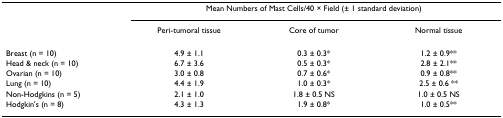
<table><thead><tr><td></td><td colspan="3"><b>Mean Numbers of Mast Cells/40 × Field (± 1 standard deviation)</b></td></tr><tr><td></td><td><b>Peri-tumoral tissue</b></td><td><b>Core of tumor</b></td><td><b>Normal tissue</b></td></tr></thead><tbody><tr><td>Breast (n = 10)</td><td>4.9 ± 1.1</td><td>0.3 ± 0.3*</td><td>1.2 ± 0.9**</td></tr><tr><td>Head &amp; neck (n = 10)</td><td>6.7 ± 3.6</td><td>0.5 ± 0.3*</td><td>2.8 ± 2.1**</td></tr><tr><td>Ovarian (n = 10)</td><td>3.0 ± 0.8</td><td>0.7 ± 0.6*</td><td>0.9 ± 0.8**</td></tr><tr><td>Lung (n = 10)</td><td>4.4 ± 1.9</td><td>1.0 ± 0.3*</td><td>2.5 ± 0.6 **</td></tr><tr><td>Non-Hodgkins (n = 5)</td><td>2.1 ± 1.0</td><td>1.8 ± 0.5 NS</td><td>1.0 ± 0.5 NS</td></tr><tr><td>Hodgkin&#x27;s (n = 8)</td><td>4.3 ± 1.3</td><td>1.9 ± 0.8*</td><td>1.0 ± 0.5**</td></tr></tbody></table>